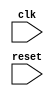
//Yes, This is a random file
module rand(clk, reset);
  input clk;
  input reset;
endmodule